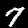
Digit: 7